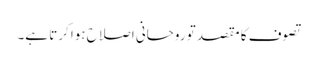
تصوف کا مقصد تو روحانی اصلاح ہوا کرتا ہے۔